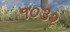
૧૦૩૨